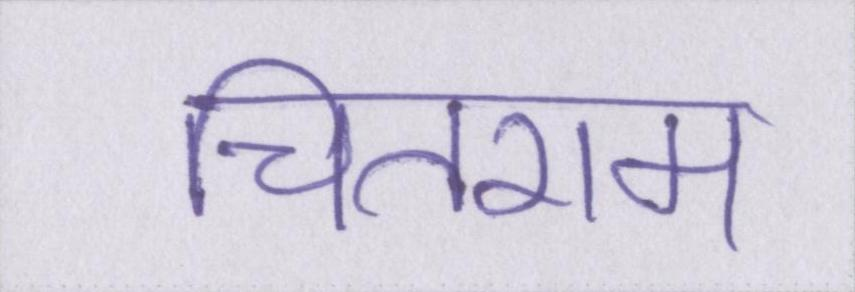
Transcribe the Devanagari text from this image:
चितराम